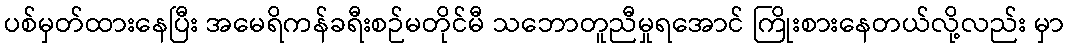
ပစ်မှတ်ထားနေပြီး အမေရိကန်ခရီးစဉ်မတိုင်မီ သဘောတူညီမှုရအောင် ကြိုးစားနေတယ်လို့လည်း မှာ